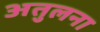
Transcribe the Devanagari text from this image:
अतुलना